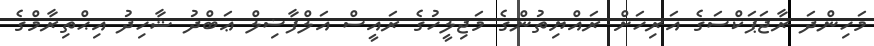
މަހިންދަ ރާޖަޕަކްސަގެ އަރިހަށް ރައްޔިތުންގެ މަޖިލީހުގެ ރައީސް އަލްފާޟިލް ޢަބްދު ޝާހިދު އިޙްތިރާމްގެ